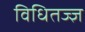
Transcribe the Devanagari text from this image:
विधितज्‍ज्ञ